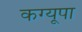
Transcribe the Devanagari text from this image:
कग्‍यूपा